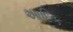
આદિક